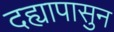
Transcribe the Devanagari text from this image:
दह्यापासुन